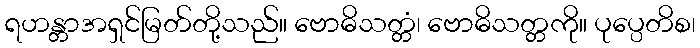
ရဟန္တာအရှင်မြတ်တို့သည်။ ဗောဓိသတ္တံ၊ ဗောဓိသတ္တကို။ ပုပ္ပေတိစ၊